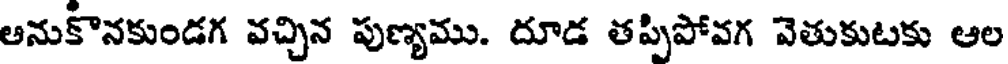
ఆనుకొనకుండగ వచ్చిన పుణ్యము. దూడ తప్పిపోవగ వెతుకుటకు ఆల